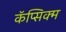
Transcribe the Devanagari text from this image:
कॅप्सिक्म